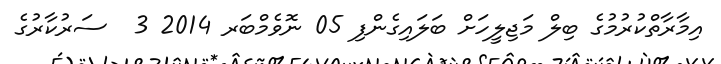
އިމާރާތްކުރުމުގެ ބިލް މަޖިލީހަށް ބަލައިގެންފި 05 ނޮވެމްބަރ 2014 3  ސަރުކާރުގެ